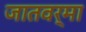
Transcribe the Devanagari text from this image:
जातवर्मा